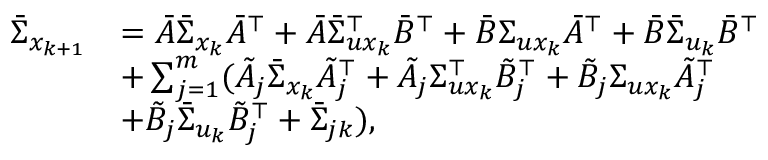
\begin{array} { r l } { \bar { \Sigma } _ { x _ { k + 1 } } } & { = \bar { A } \bar { \Sigma } _ { x _ { k } } \bar { A } ^ { \top } + \bar { A } \bar { \Sigma } _ { u x _ { k } } ^ { \top } \bar { B } ^ { \top } + \bar { B } \Sigma _ { u x _ { k } } \bar { A } ^ { \top } + \bar { B } \bar { \Sigma } _ { u _ { k } } \bar { B } ^ { \top } } \\ & { + \sum _ { j = 1 } ^ { m } ( \tilde { A } _ { j } \bar { \Sigma } _ { x _ { k } } \tilde { A } _ { j } ^ { \top } + \tilde { A } _ { j } \Sigma _ { u x _ { k } } ^ { \top } \tilde { B } _ { j } ^ { \top } + \tilde { B } _ { j } \Sigma _ { u x _ { k } } \tilde { A } _ { j } ^ { \top } } \\ & { + \tilde { B } _ { j } \bar { \Sigma } _ { u _ { k } } \tilde { B } _ { j } ^ { \top } + \bar { \Sigma } _ { j k } ) , } \end{array}